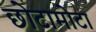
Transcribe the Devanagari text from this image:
छोटामोटा